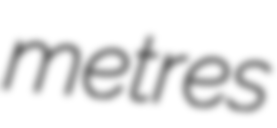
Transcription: metres